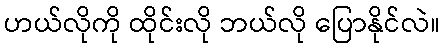
ဟယ်လိုကို ထိုင်းလို ဘယ်လို ပြောနိုင်လဲ။